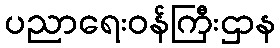
ပညာရေးဝန်ကြီးဌာန